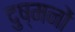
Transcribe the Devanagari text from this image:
दुष्मनों